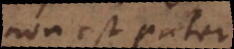
non est pater